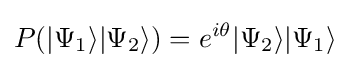
P(|\Psi _{1}\rangle |\Psi _{2}\rangle )=e^{i\theta }|\Psi _{2}\rangle |\Psi _{1}\rangle